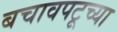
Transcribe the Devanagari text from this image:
बचावपटूच्या